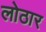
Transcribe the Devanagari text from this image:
लोठार